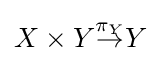
X\times Y{\overset {\pi _{Y}}{\to }}Y